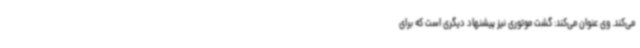
می‌کند. وی عنوان می‌کند: گشت موتوری نیز پیشنهاد دیگری است که برای